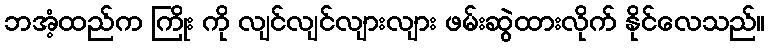
ဘအံ့ထည်က ကြိုး ကို လျင်လျင်လျားလျား ဖမ်းဆွဲထားလိုက် နိုင်လေသည်။